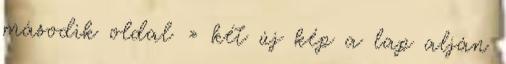
második oldal » két új kép a lap alján